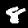
Digit: 8